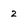
Character: 2